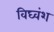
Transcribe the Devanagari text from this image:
विघ्वंश